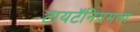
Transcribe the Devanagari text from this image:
टायटॅनियमला